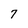
Character: 7